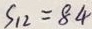
S _ { 1 2 } = 8 4